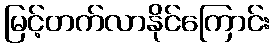
မြင့်တက်လာနိုင်ကြောင်း